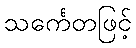
သင်္ကေတဖြင့်